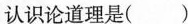
认识论道理是()